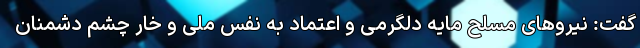
گفت: نیروهای مسلح مایه دلگرمی و اعتماد به نفس ملی و خار چشم دشمنان